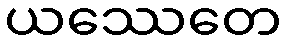
ယဿေတေ